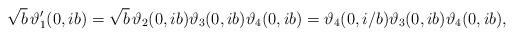
LaTeX: \begin{align*}\sqrt{b} \, \vartheta'_1(0, i b) = \sqrt{b} \, \vartheta_2(0,i b) \vartheta_3(0,i b) \vartheta_4(0,i b) = \vartheta_4(0,i/b) \vartheta_3(0,i b) \vartheta_4(0,i b),\end{align*}